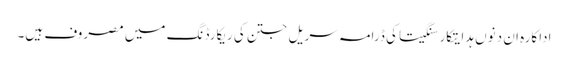
اداکارہ ان دنوں ہدایتکار سنگیتا کی ڈرامہ سریل جتن کی ریکارڈنگ میں مصروف ہیں۔